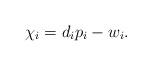
LaTeX: \begin{align*}\chi_i=d_i p_i - w_i.\end{align*}